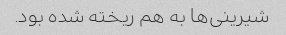
شیرینی‌ها به هم ریخته شده بود.